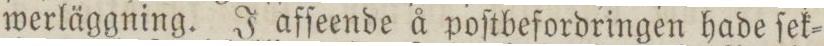
werläggning. J afſeende å poſtbefordringen hade ſek=